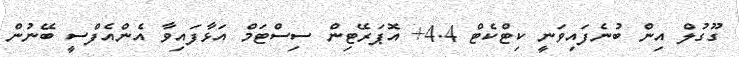
ގޫގުލް އިން ބުނެފައިވަނީ ކިޓްކެޓް 4.4+ އޮޕަރޭޓިން ސިސްޓަމް އަޅާފައިވާ އެންއެފްސީ ބޭނުން